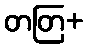
တတြ+